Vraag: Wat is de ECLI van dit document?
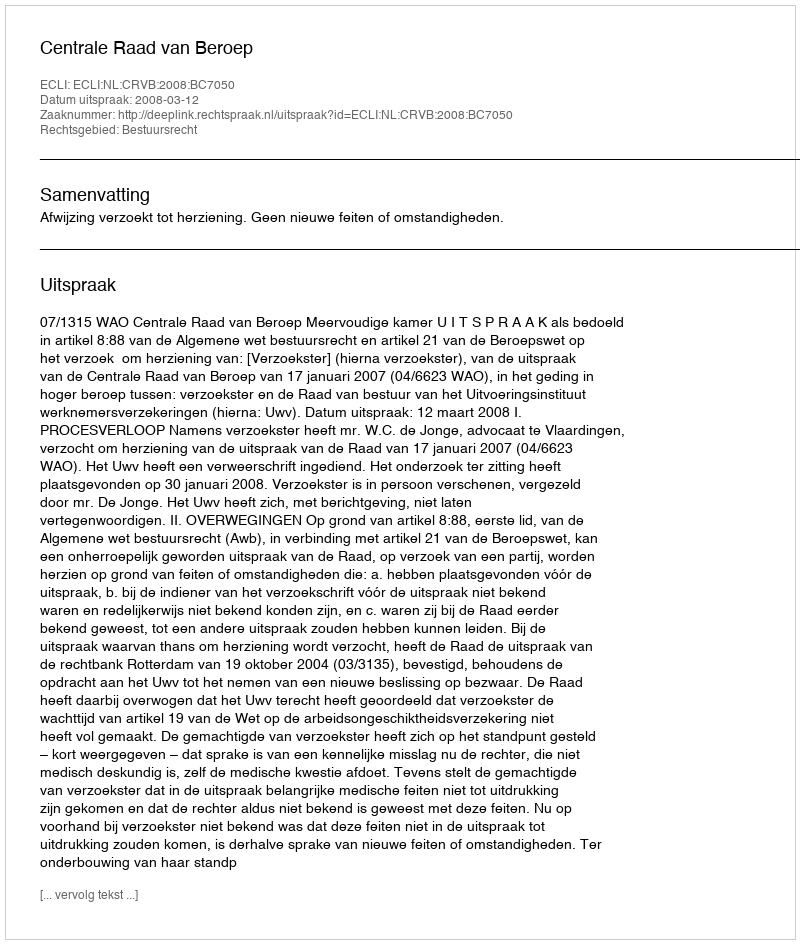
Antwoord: ECLI:NL:CRVB:2008:BC7050